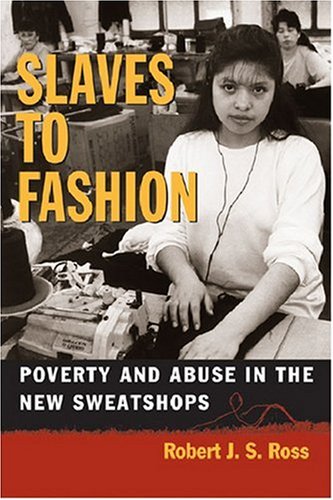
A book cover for Slaves to Fashion: Poverty and Abuse in the New Sweatshops; Robert Ross; Business & Money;